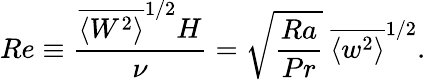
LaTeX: Re\equiv\frac{\overline{{\langle W^{2}\rangle}}^{1/2}H}{\nu}=\sqrt{\frac{Ra}{Pr}}\ \overline{{\langle w^{2}\rangle}}^{1/2}.